Civil Veterinary Dept. Bombay admin report 1923-31 - 1923-1931
Year: 1923
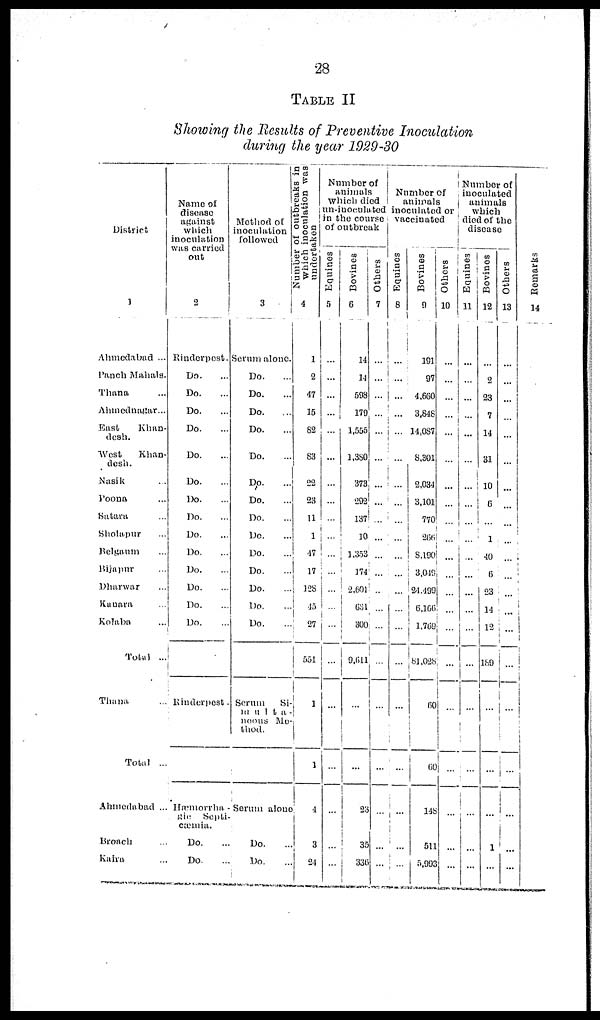
28
TABLE II
Showing the Results of Preventive Inoculation
during the year 1929-30
District
1
Ahmedabad ...
Panch Mahals.
Thana ...
Ahmednagar ...
East
Khan-
desh.
West
Khan-
desh.
Nasik ...
Poona ...
Satara ...
Sholapur ...
Belgaum ...
Bijapur ...
Dharwar ...
Kanara ...
Kolaba ...
Total ...
Thana ...
Total ...
Ahmedabad ...
Broach ...
Kaira ...
Name of
disease
against
which
inoculation
was carried
out
2
Rinderpest.
Do. ...
Do. ...
Do. ...
Do. ...
Do. ...
Do. ...
Do. ...
Do. ...
Do. ...
Do. ...
Do. ...
Do. ...
Do. ...
Do. ...
Rinderpest.
Hæmorrha -
gic Septi-
cæmia.
Do. ...
Do. ...
Method of
inoculation
followed
3
Serum alone.
Do. ...
Do. ...
Do. ...
Do. ...
Do. ...
D,o. ...
Do. ...
Do. ...
Do. ...
Do. ...
Do. ...
Do. ...
Do. ...
Do. ...
Scrum Si-
multa-
noons Me-
thod.
Serum alone
Do. ...
Do. ...
Number of outbreaks in
which inoculation was
undertaken
4
1
2
47
15
82
83
22
23
11
1
47
17
128
45
27
551
1
1
4
3
24
Number of
animals
Which died
un-inoculated
in the course
of outbreak
Equines
5
...
...
...
...
...
...
...
...
...
...
...
...
...
...
...
...
...
...
...
...
...
Bovines
6
14
14
508
179
1,555
1,380
373
292
137
10
1,353
174
2,601
631
300
9,611
...
...
23
35
336
Others
7
...
...
...
...
...
...
...
...
...
...
...
...
...
...
...
...
...
...
...
...
...
Number of
animals
inoculated or
vaccinated
Equines
8
...
...
...
...
...
...
...
...
...
...
...
...
...
...
...
...
...
...
...
...
...
...
Bovines
9
191
97
4,660
3,848
14,087
8,301
2,034
3,101
770
266
8,190
3,049
24.499
6,166
1,769
81,028
60
60
148
511
5,993
Others
10
...
...
...
...
...
...
...
...
...
...
...
...
...
...
...
...
...
...
...
...
...
Number of
inoculated
animals
which
died of the
disease
Equines
11
...
...
...
...
...
...
...
...
...
...
...
...
...
...
...
...
...
...
...
...
...
Bovines
12
...
2
23
7
14
31
10
6
...
1
40
6
23
14
12
189
...
...
...
1
...
Others
13
...
...
...
...
...
...
...
...
...
...
...
...
...
...
...
...
...
...
...
...
...
...
Re ma r
ks
14